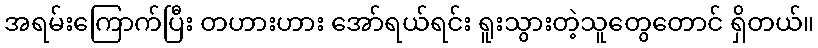
အရမ်းကြောက်ပြီး တဟားဟား အော်ရယ်ရင်း ရူးသွားတဲ့သူတွေတောင် ရှိတယ်။